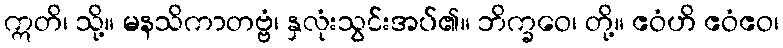
ဣတိ၊ သို့။ မနသိကာတဗ္ဗံ၊ နှလုံးသွင်းအပ်၏။ ဘိက္ခဝေ၊ တို့။ ဧဝံဟိ ဧဝံဧဝ၊